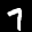
Label: 7